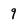
Character: 9